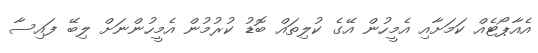
އެއާޕޯޓެއް ކަމަށާއި އެމީހުން އޭގެ ކުލިތައް ބޮޑު ކުރުމުން އެމީހުންނަށް ލިބޭ ފައިސާ